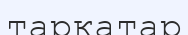
тарқатар